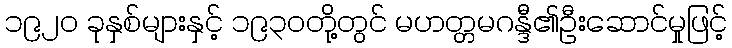
၁၉၂၀ ခုနှစ်များနှင့် ၁၉၃၀တို့တွင် မဟတ္တမဂန္ဒီ၏ဦးဆောင်မှုဖြင့်